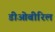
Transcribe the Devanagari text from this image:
डीओबीरिल